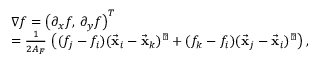
\begin{array} { r l } & { \nabla f = \left( \partial _ { x } f , \, \partial _ { y } f \right) ^ { T } } \\ & { = \frac { 1 } { 2 A _ { F } } \, \left( ( f _ { j } - f _ { i } ) ( \vec { \bf x } _ { i } - \vec { \bf x } _ { k } ) ^ { \perp } + ( f _ { k } - f _ { i } ) ( \vec { \bf x } _ { j } - \vec { \bf x } _ { i } ) ^ { \perp } \right) , } \end{array}